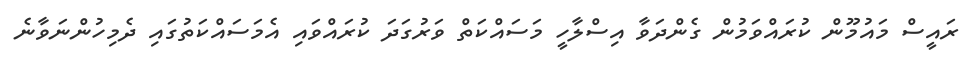
ރައީސް މައުމޫން ކުރައްވަމުން ގެންދަވާ އިސްލާހީ މަސައްކަތް ވަރުގަދަ ކުރައްވައި އެމަސައްކަތުގައި ދެމިހުންނަވާނެ